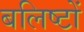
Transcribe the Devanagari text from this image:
बलिष्टों